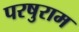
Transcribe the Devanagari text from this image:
परषुराम